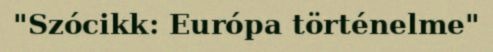
"Szócikk: Európa történelme"